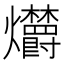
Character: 𤓣